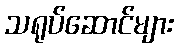
သရုပ်ဆောင်များ